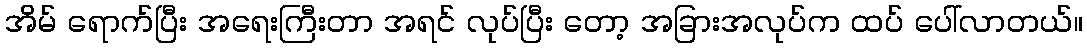
အိမ် ရောက်ပြီး အရေးကြီးတာ အရင် လုပ်ပြီး တော့ အခြားအလုပ်က ထပ် ပေါ်လာတယ်။